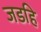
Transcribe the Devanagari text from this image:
जडहि